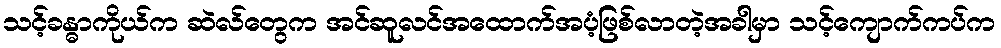
သင့်ခန္ဓာကိုယ်က ဆဲလ်တွေက အင်ဆူလင်အထောက်အပံ့ဖြစ်လာတဲ့အခါမှာ သင့်ကျောက်ကပ်က